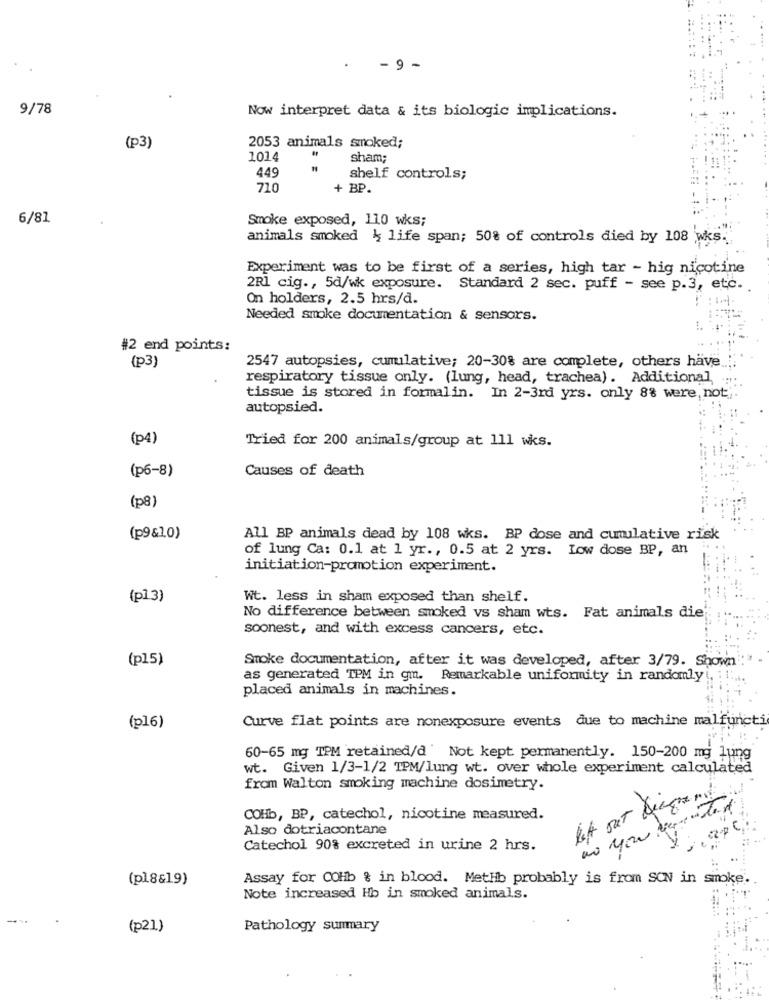
. - 9 -
9/78
Now interpret data & its biologic implications.
(p3
2053 animals smoked;
1014
sham;
449
shelf controls;
710
+ BP.
6/81
Smoke exposed, 110 wks;
animals smoked & life span; 50% of controls died by 108 wks.
Experiment was to be first of a series, high tar - hig nicotine
2R1 cig ., 5d/wk exposure. Standard 2 sec. puff - see p.3, etc.
On holders, 2.5 hrs/d.
Needed smoke documentation & sensors.
#2 end points:
2547 autopsies, cumulative; 20-30% are complete, others have.
(p3)
respiratory tissue only. (lung, head, trachea). Additional
tissue is stored in formalin. In 2-3rd yrs. only 8% were, not.
autopsied.
(p4)
Tried for 200 animals/group at 111 wks.
(p6-8)
Causes of death
(p8)
(p9&1.0)
All BP animals dead by 108 wks. BP dose and cumulative risk
of lung Ca: 0.1 at 1 yr ., 0.5 at 2 yrs. Low dose BP, an
initiation-promotion experiment.
(pl3)
Wt. less in sham exposed than shelf.
No difference between smoked vs sham wts. Fat animals die
soonest, and with excess cancers, etc.
(p15)
Smoke documentation, after it was developed, after 3/79. Shown
as generated TPM in gm. Remarkable uniformity in randomly!
placed animals in machines.
Curve flat points are nonexposure events due to machine malfuncti
(p16)
60-65 mg TPM retained/d ' Not kept permanently. 150-200 mg lung
wt. Given 1/3-1/2 TPM/lung wt. over whole experiment calculated
from Walton smoking machine dosimetry.
let out Dicourt
COHb, BP, catechol, nicotine measured.
as you wir
Also dotriacontane
Catechol 90% excreted in urine 2 hrs.
y
(pl.8&19)
Assay for COHb & in blood. MetHb probably is from SON in smoke.
Note increased Hb in smoked animals.
(p21)
Pathology summary